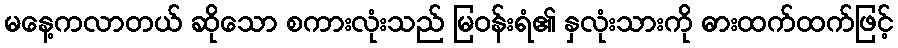
မနေ့ကလာတယ် ဆိုသော စကားလုံးသည် မြဝန်းရံ၏ နှလုံးသားကို ဓားထက်ထက်ဖြင့်